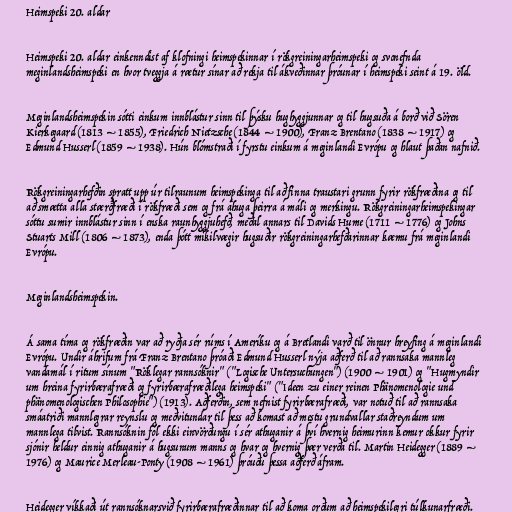
Heimspeki 20. aldar

Heimspeki 20. aldar einkenndist af klofningi heimspekinnar í rökgreiningarheimspeki og svonefnda
meginlandsheimspeki en hvor tveggja á rætur sínar að rekja til ákveðinnar þróunar í heimspeki seint á 19. öld.

Meginlandsheimspekin sótti einkum innblástur sinn til þýsku hughyggjunnar og til hugsuða á borð við Sören
Kierkegaard (1813 – 1855), Friedrich Nietzsche (1844 – 1900), Franz Brentano (1838 – 1917) og
Edmund Husserl (1859 – 1938). Hún blómstraði í fyrstu einkum á meginlandi Evrópu og hlaut þaðan nafnið.

Rökgreiningarhefðin spratt upp úr tilraunum heimspekinga til að finna traustari grunn fyrir rökfræðina og til
að smætta alla stærðfræði í rökfræði sem og frá áhuga þeirra á máli og merkingu. Rökgreiningarheimspekingar
sóttu sumir innblástur sinn í enska raunhyggjuhefð, meðal annars til Davids Hume (1711 – 1776) og Johns
Stuarts Mill (1806 – 1873), enda þótt mikilvægir hugsuðir rökgreiningarhefðarinnar kæmu frá meginlandi
Evrópu.

Meginlandsheimspekin.

Á sama tíma og rökfræðin var að ryðja sér rúms í Ameríku og á Bretlandi varð til önnur hreyfing á meginlandi
Evrópu. Undir áhrifum frá Franz Brentano þróaði Edmund Husserl nýja aðferð til að rannsaka mannleg
vandamál í ritum sínum "Röklegar rannsóknir" ("Logische Untersuchungen") (1900 – 1901) og "Hugmyndir
um hreina fyrirbærafræði og fyrirbærafræðilega heimspeki" ("Ideen zu einer reinen Phänomenologie und
phänomenologischen Philosophie") (1913). Aðferðin, sem nefnist fyrirbærafræði, var notuð til að rannsaka
smáatriði mannlegrar reynslu og meðvitundar til þess að komast að mestu grundvallar staðreyndum um
mannlega tilvist. Rannsóknin fól ekki einvörðungu í sér athuganir á því hvernig heimurinn kemur okkur fyrir
sjónir heldur einnig athuganir á hugsunum manns og hvar og hvernig þær verða til. Martin Heidegger (1889 –
1976) og Maurice Merleau-Ponty (1908 – 1961) þróuðu þessa aðferð áfram.

Heidegger víkkaði út rannsóknarsvið fyrirbærafræðinnar til að koma orðum að heimspekilegri túlkunarfræði.